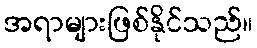
အရာများဖြစ်နိုင်သည်။